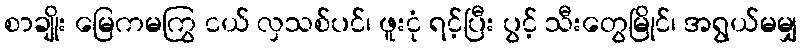
စာချိုး မြေကမကြွ ငယ် လှသစ်ပင်၊ ဖူးငုံ ရင့်ပြီး ပွင့် သီးတွေမြိုင်၊ အရွယ်မမျှ